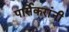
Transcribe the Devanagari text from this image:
पार्सेकरांंनी